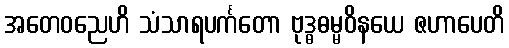
အတေဝညေဟိ သံသာရပင်္ကတော ဗုဒ္ဓဓမ္မဝိနယေ ဇဟာပေတိ